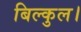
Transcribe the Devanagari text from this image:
बिल्कुल।